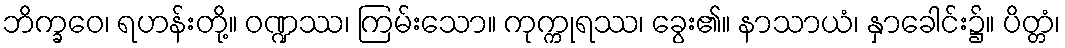
ဘိက္ခဝေ၊ ရဟန်းတို့။ ဝဏ္ဍဿ၊ ကြမ်းသော။ ကုက္ကုရဿ၊ ခွေး၏။ နာသာယံ၊ နှာခေါင်း၌။ ပိတ္တံ၊